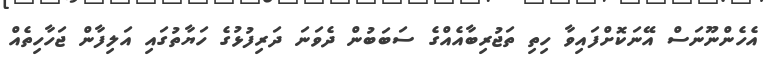
އެހެންނޫނަސް އޭނަކޮށްފައިވާ ހިތި ތަޖުރިބާއެއްގެ ސަބަބުން ދެވަނަ ދަރިފުޅުގެ ހަޔާތުގައި އަލިފާން ޖަހާހިތެއް